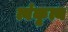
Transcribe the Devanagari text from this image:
त्वंकृत्य